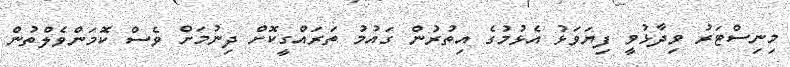
މިނިސްޓަރު ވިދާޅުވީ ފިޔަވަޅު އެޅުމުގެ އިތުރުން ގައުމު ތަރައްގީކޮށް ދިނުމަށް ވެސް ކޮމަންވެލްތުން